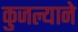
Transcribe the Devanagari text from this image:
कुजल्याने